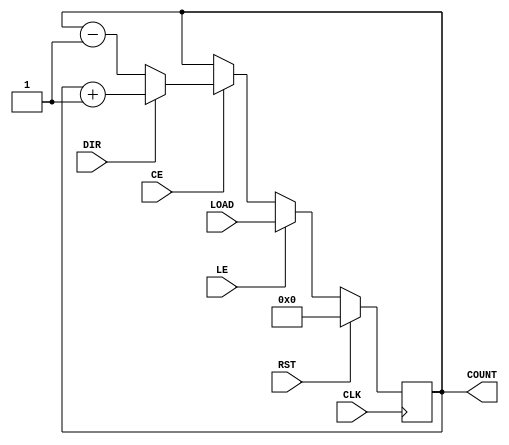
module LoadableCounter #(
    parameter N = 8, // Width of the counter
    parameter INIT_VALUE = 8'b00000000 // Initial value for reset
)(
    input wire CLK,          // Clock signal
    input wire RST,          // Reset signal
    input wire LE,           // Load Enable
    input wire CE,           // Count Enable
    input wire DIR,          // Count Direction (1 for up, 0 for down)
    input wire [N-1:0] LOAD, // Load value
    output reg [N-1:0] COUNT // Current count value
);

    // Synchronous reset and load logic
    always @(posedge CLK) begin
        if (RST) begin
            COUNT <= INIT_VALUE; // Reset to initial value
        end else if (LE) begin
            COUNT <= LOAD; // Load the value from LOAD register
        end else if (CE) begin
            if (DIR) begin
                COUNT <= COUNT + 1; // Increment count
            end else begin
                COUNT <= COUNT - 1; // Decrement count
            end
        end
    end

endmodule